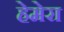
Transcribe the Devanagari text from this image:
हेमेरा